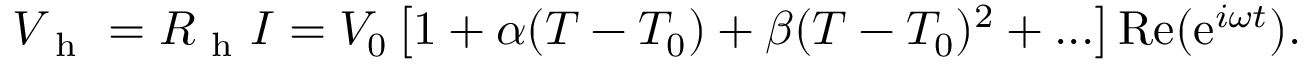
V _ { \mathrm { ~ h ~ } } = R _ { \mathrm { ~ h ~ } } I = V _ { 0 } \left[ 1 + \alpha ( T - T _ { 0 } ) + \beta ( T - T _ { 0 } ) ^ { 2 } + . . . \right] \mathrm { R e } ( \mathrm { e } ^ { i \omega t } ) { . }